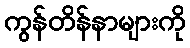
ကွန်တိန်နာများကို